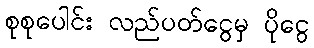
စုစုပေါင်း လည်ပတ်ငွေမှ ပိုငွေ